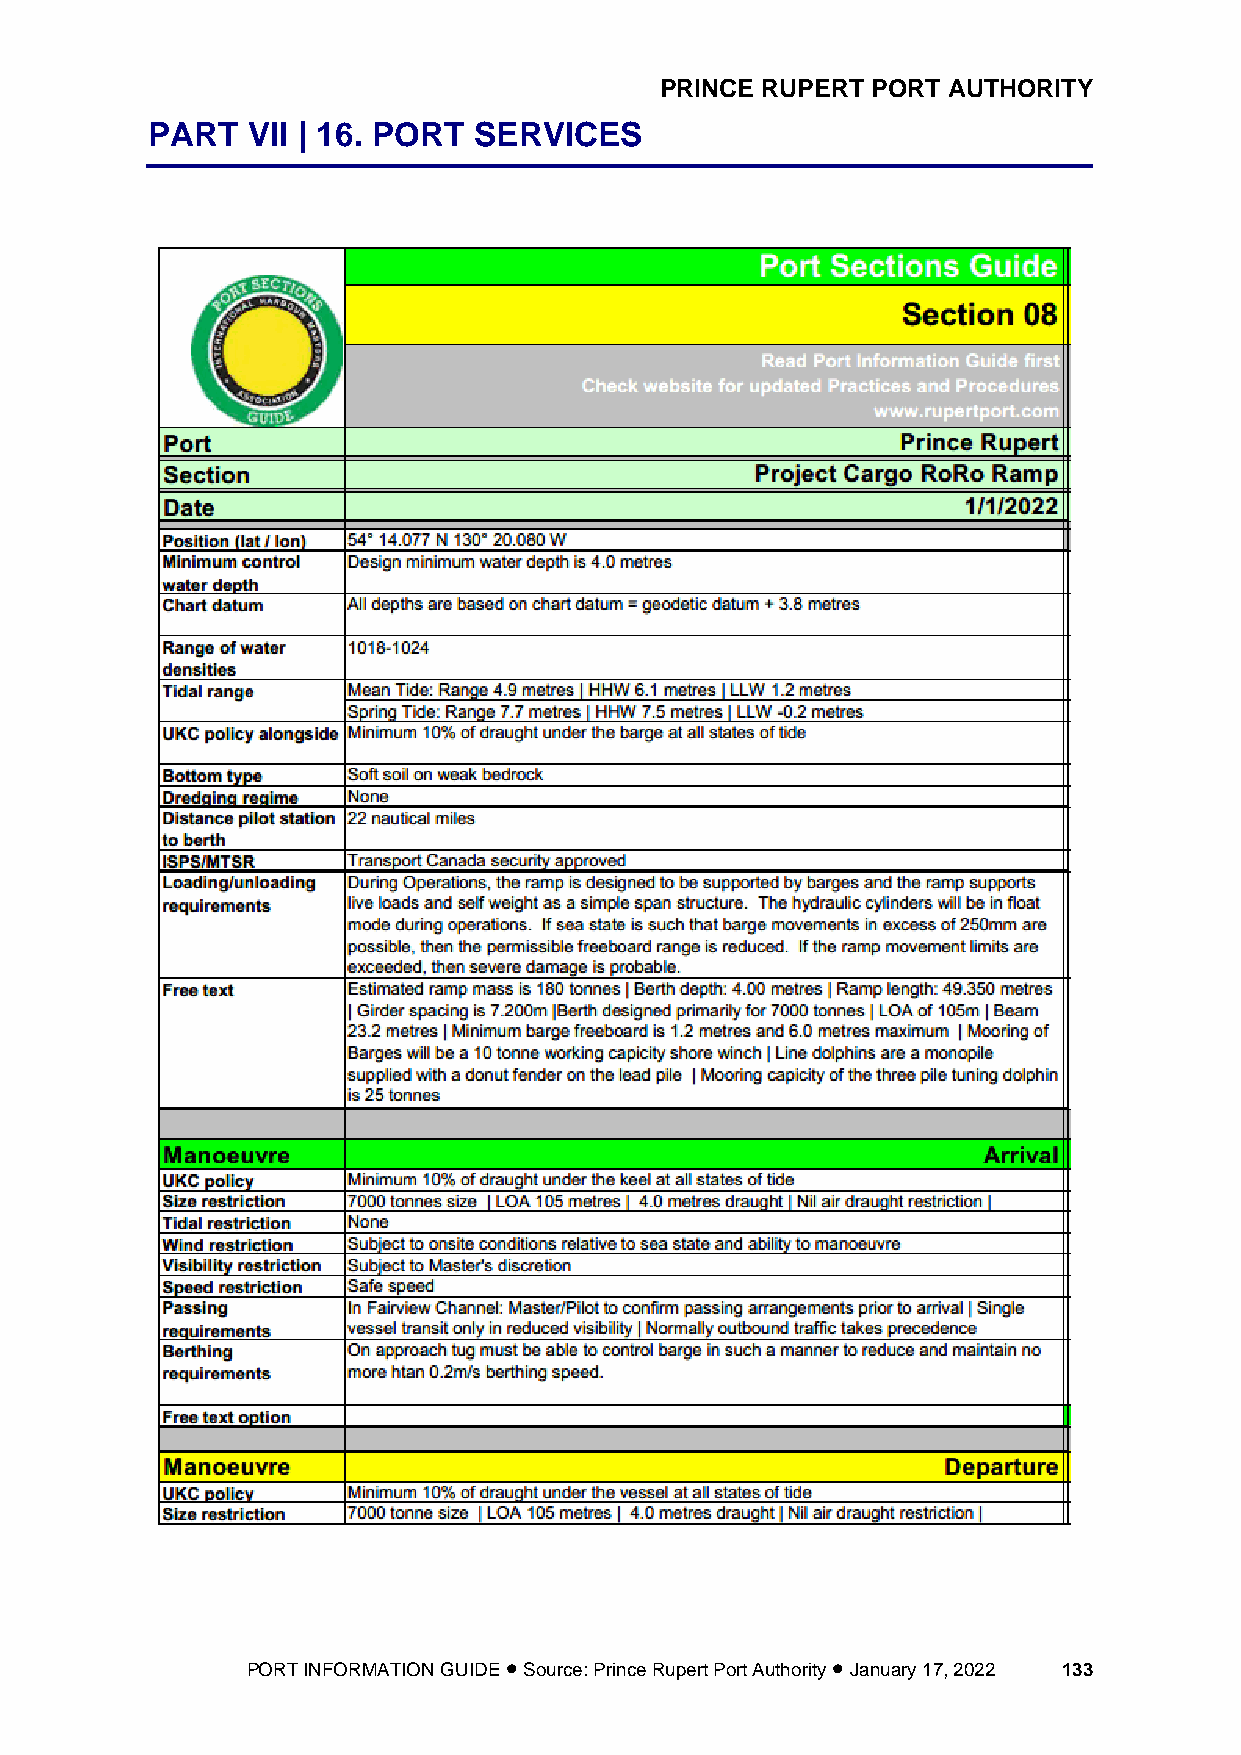
PRINCE RUPERT PORT AUTHORITY
 PART  VII | 16. PORT SERVICES
 PORT INFORMATION GUIDE • Source: Prince Rupert Port Authority • January 17, 2022 133